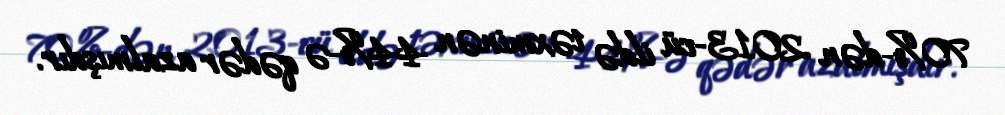
70%-dən 2013-cü ildə təxminən 44%-ə qədər azalmışdır.